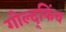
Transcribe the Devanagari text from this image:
गोल्द्फिंच